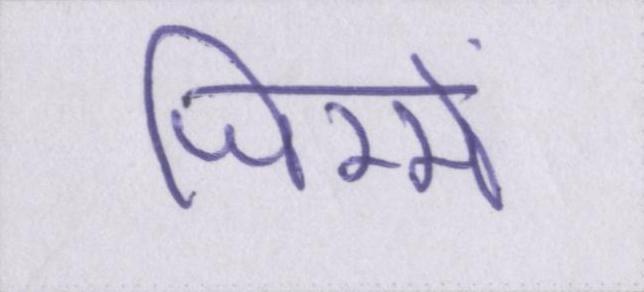
जिम्मे